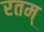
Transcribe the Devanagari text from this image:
रतम्